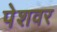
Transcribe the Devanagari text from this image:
पेशवर